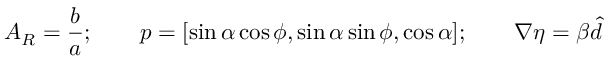
A _ { R } = \frac { b } { a } ; \qquad \boldsymbol { p } = [ \sin \alpha \cos \phi , \sin \alpha \sin \phi , \cos \alpha ] ; \qquad \nabla \eta = \beta \boldsymbol { \hat { d } }